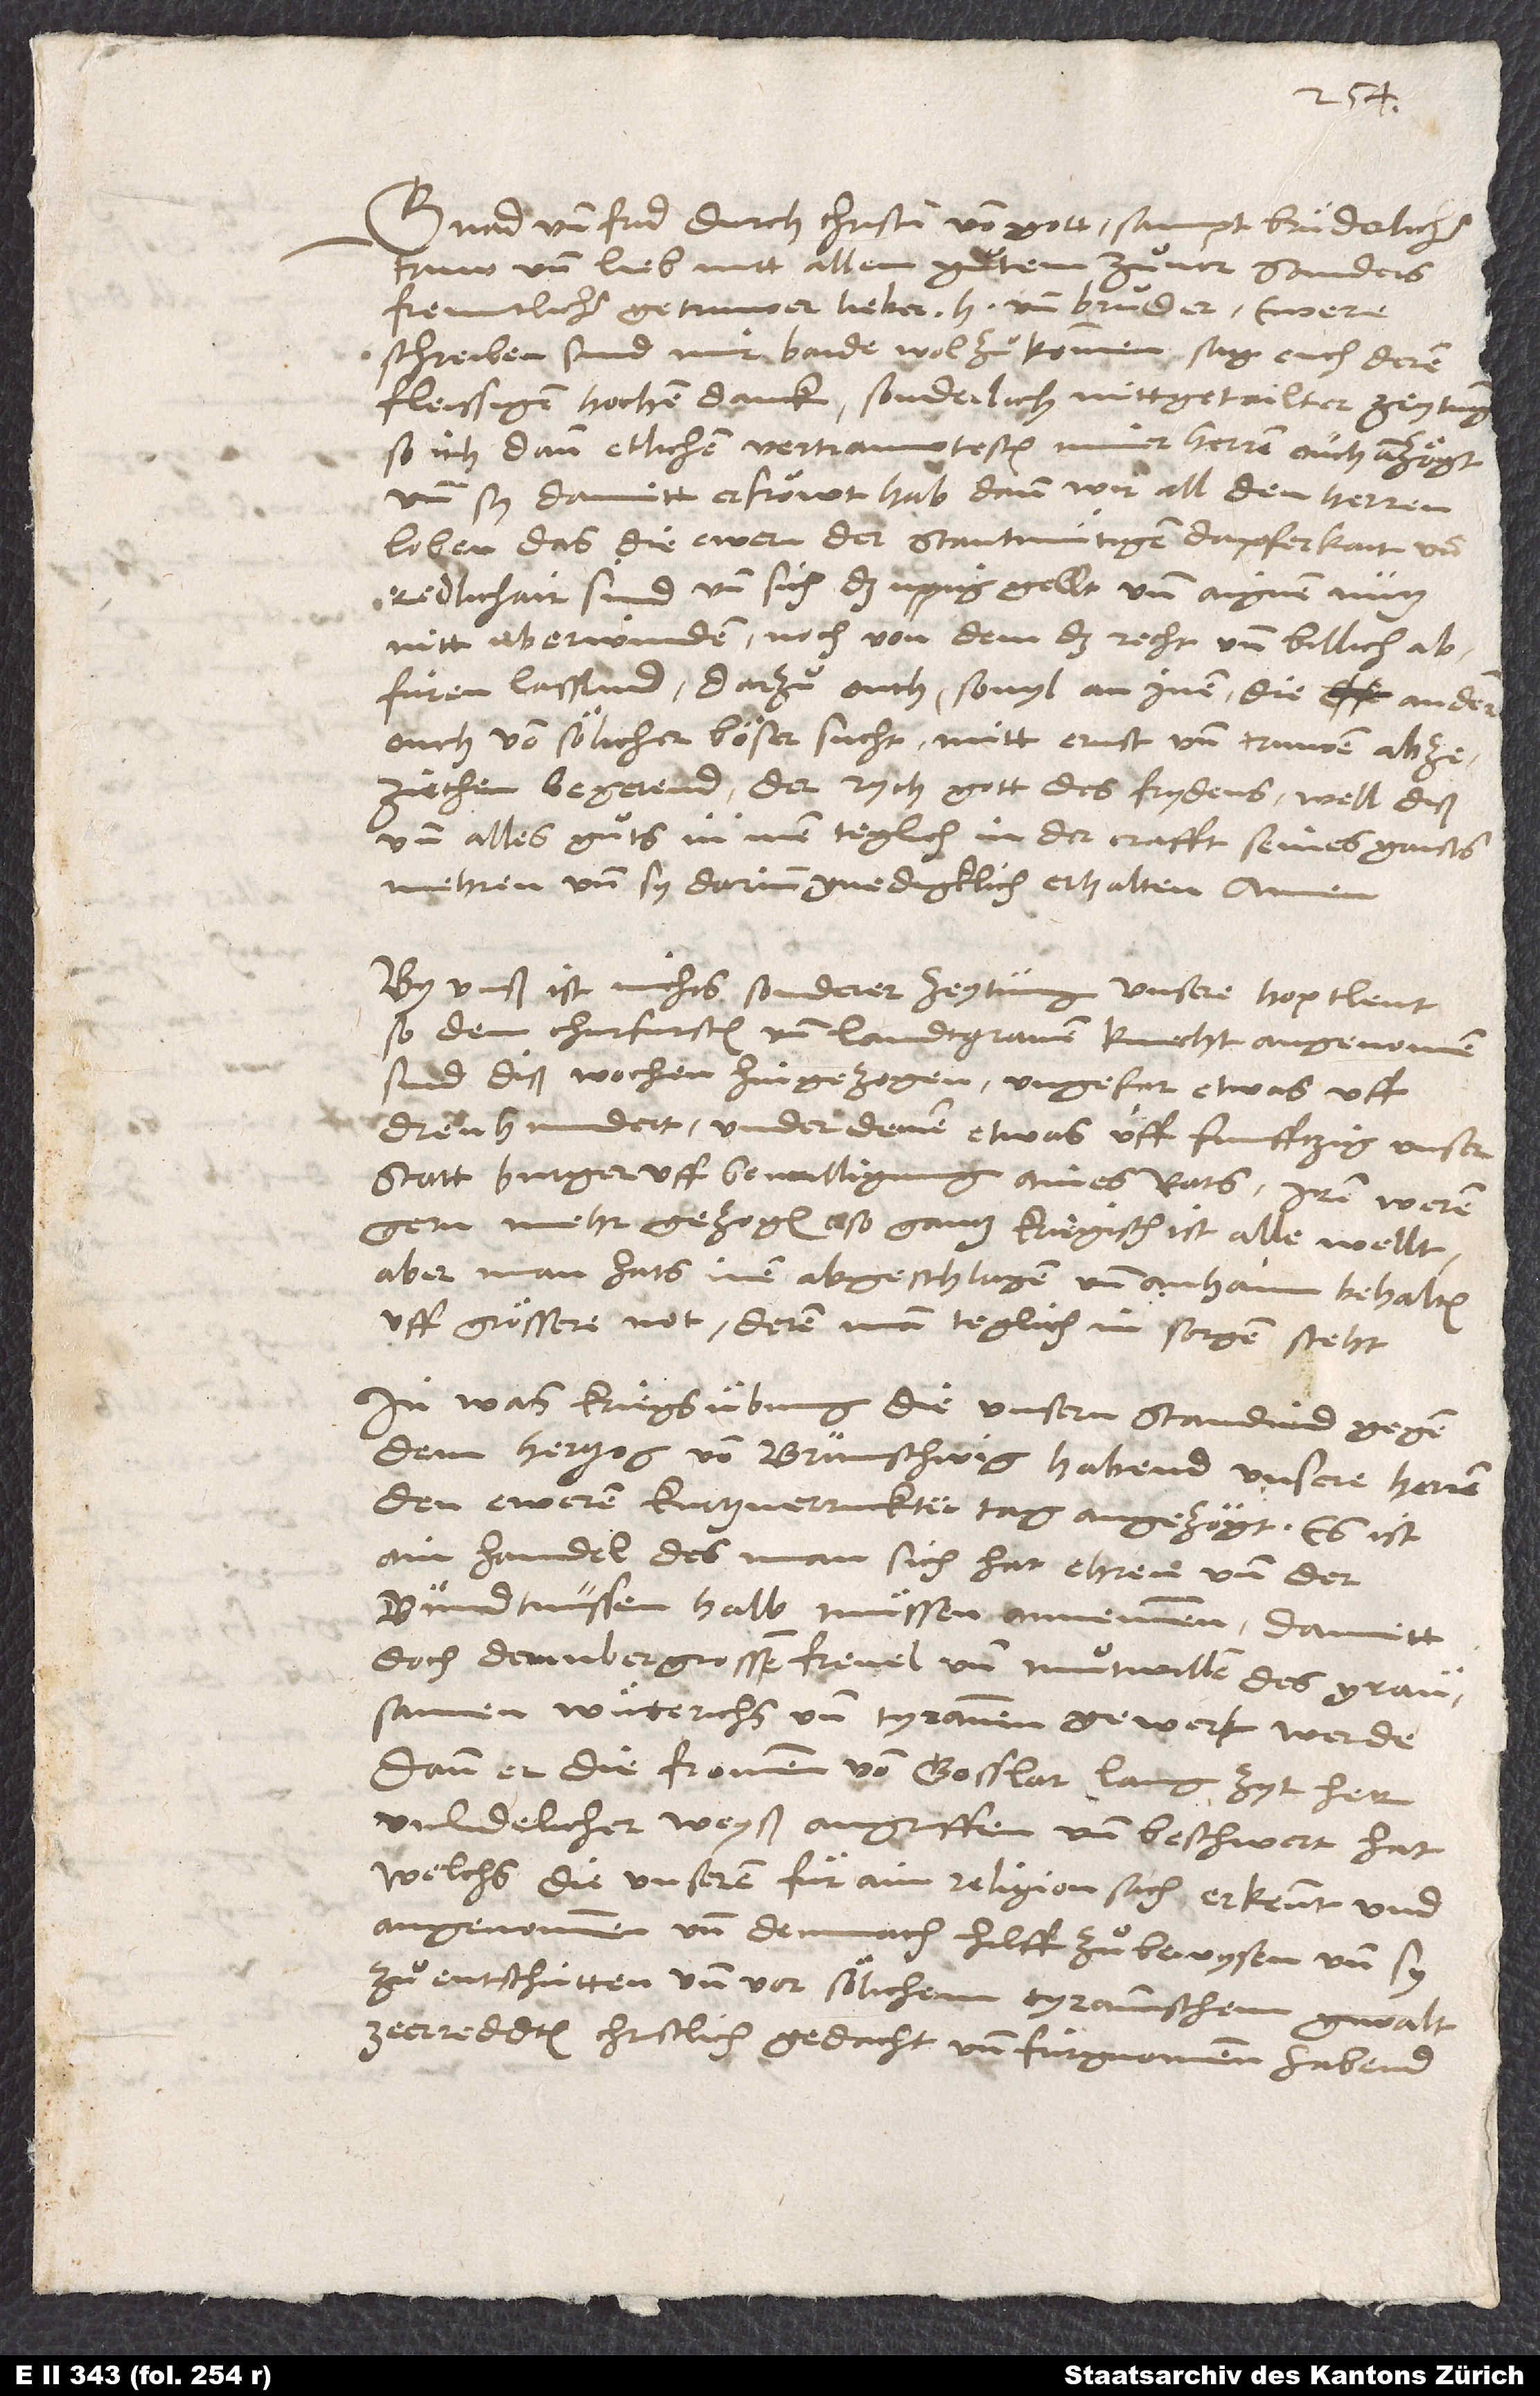
Gnad und frid durch Christum von gott sampt brüderlicher
truw und lieb mitt allem guͦtem zuͦvor, sonders
freuntlicher, getruwer, lieber herr und bruͦder.
schreiben sind mir baide wol zuͦkommen, sag euch deren
fleissigen, hochen danck, sonderlich mittgetailter zeytung,
so ich dann etlichen vertrauwtesten miner herren ouch anzögt
und sy damitt erfröwt hab. Dann wir all den herren
loben, das die ewern der stantmütigen dapferkait und
redlichait sind und sich das uppig gellt und aignen nutz
nitt uberwinden noch von dem, das recht und billich,
abfüren lassend, darzuͦ ouch, sovyl an inen, die andern
ouch von sölicher böser sucht mitt ernst und truwen abzeziechen
begerend. Der rych gott des frydens well diß
und alles guͦts in inen teglich in der crafft seines gaists
mehren und sy darinn gnedigklich erhalten. Amen.
By unß ist nichts sonderer zeytung. Unsere hoptleut,
so dem churfursten und landtgraven knecht angenomen,
sind diß wochen hingezogen, ungefar etwas uff
dreu hundert, under denen etwas uff funfftzig unser
statt burger uff bewilligung aines rats. Iren weren
gern mehr gezogen, so gantz kriegisch ist alle wellt;
aber man hats inen abgeschlagen und anhaim behalten
uff grössere not, deren man teglich in sorgen steht.
In was kriegsübung die unsern standind gegen
dem hertzog von Brunschwig, habend unsere herren
den eweren kurtzverruckter tag angezögt.
ain handel, des man sich hat ehren und der
bundtnussen halb müssen annemmen, damitt
doch dem ubergrossen frevel und muͦtwillen des grausamen
wüterichs und tyrannen gewert werde;
dann er die frommen von Gosslar lang zyt her
unlidelicher weyß angriffen und beschwert hat,
welchs die unseren für ain religionsach erkennt und
angenommen und demnach hilff zuͦ bewysen und sy
zuͦ entschütten und vor sölichem tyrannischem gwalt
ze erreddten christlich gedacht und fürgnommen habend.